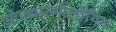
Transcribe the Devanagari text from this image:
ओफ्थाल्मोलोगिक